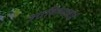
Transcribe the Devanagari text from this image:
आहिल्याबाई